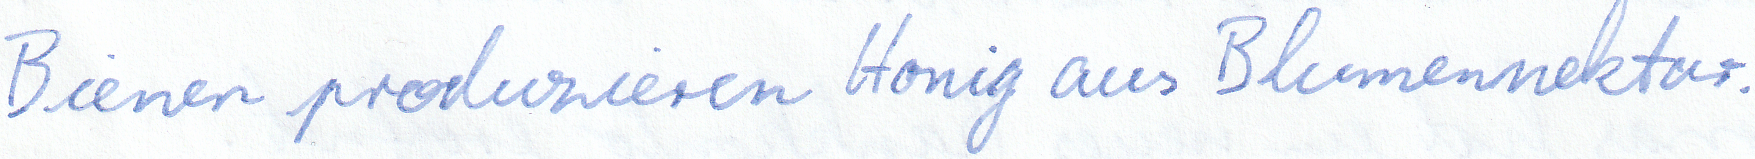
Bienen produzieren Honig aus Blumennektar.